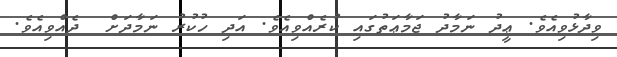
ވިދާޅުވިއެވެ. ޢީދު ނަމާދު ޖަމާޢަތުގައި ކުރެއްވިއެވެ. އަދި ހުކުރު ނަމާދަށް  ދެއްވިއެވެ.